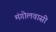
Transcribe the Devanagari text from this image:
मंगोलवासी